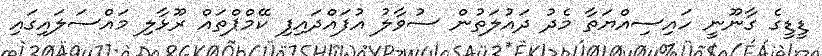
ޑީޑީގެ ގާނޫނީ ހައިސިއްޔަތާ މެދު ދައުލަތުން ސުވާލު އުފައްދައިފި ކޭމްޕްތައް ރޫޅާލި މައްސަލައިގައި